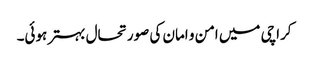
کراچی میں امن و امان کی صورتحال بہتر ہوئی۔